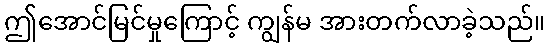
ဤအောင်မြင်မှုကြောင့် ကျွန်မ အားတက်လာခဲ့သည်။